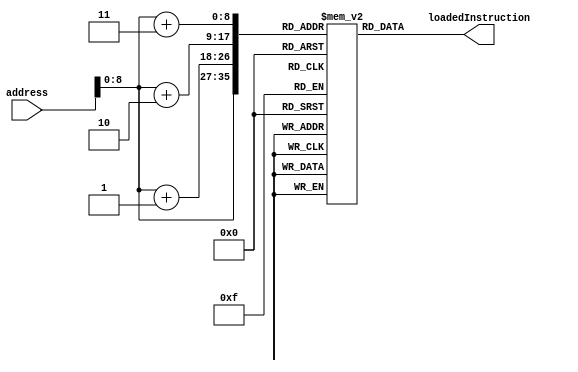
`timescale 1ns / 1ps
////////////////////////////////////////////////////////////////////////////////
// Module Name: Program Instruction Memory
// Instruction Stage: Instruction Fetch
//
// Description: Contains all of the program instructions, addressed in sets of
//              byte portions. Each instruction is four memory locations long.
//              In an actual computer, this is the ROM module.
////////////////////////////////////////////////////////////////////////////////


module InstructionMemory(
    // Inputs
    input [31:0] address,
    // Outputs
    output reg [31:0] loadedInstruction
    );
    
    // Instruction memory file, 8 bits wide, capable of holding 128 instructions
    reg [7:0] instructionMemory [0:511];
    
    initial begin
        // Manually loading our program instructions
        // Verilog Assignment       Binary          Label   MIPS    Parameters
        instructionMemory[000] = 8'b00111100; // 0x3c010000
        instructionMemory[001] = 8'b00000001; //    main:   lui     $1, 0
        instructionMemory[002] = 8'b00000000; //                    at
        instructionMemory[003] = 8'b00000000; // (00)

        instructionMemory[004] = 8'b00110100; // 0x34240050
        instructionMemory[005] = 8'b00100100; //            ori     $4, $1, 80
        instructionMemory[006] = 8'b00000000; //                    a0  at
        instructionMemory[007] = 8'b01010000; // (04)

        instructionMemory[008] = 8'b00001100; // 0x0c00001b
        instructionMemory[009] = 8'b00000000; //    call:   jal     sum
        instructionMemory[010] = 8'b00000000;
        instructionMemory[011] = 8'b00011011; // (08)

        instructionMemory[012] = 8'b00100000; // 0x20050004
        instructionMemory[013] = 8'b00000101; //    dslot1: addi    $5, $0, 4
        instructionMemory[014] = 8'b00000000; //                    a1
        instructionMemory[015] = 8'b00000100; // (0c)

        instructionMemory[016] = 8'b10101100; // 0xac820000
        instructionMemory[017] = 8'b10000010; //    return: sw      $2, 0 ($4) 
        instructionMemory[018] = 8'b00000000; //                    v0     a0
        instructionMemory[019] = 8'b00000000; // (10)

        instructionMemory[020] = 8'b10001100; // 0x8c890000
        instructionMemory[021] = 8'b10001001; //            lw      $9, 0 ($4)
        instructionMemory[022] = 8'b00000000; //                    t1     a0
        instructionMemory[023] = 8'b00000000; // (14)

        instructionMemory[024] = 8'b00000001; // 0x01244022
        instructionMemory[025] = 8'b00100100; //            sub     $8, $9, $4
        instructionMemory[026] = 8'b01000000; //                    t0  t1  a0
        instructionMemory[027] = 8'b00100010; // (18)

        instructionMemory[028] = 8'b00100000; // 0x20050003
        instructionMemory[029] = 8'b00000101; //            addi    $5, $0, 3
        instructionMemory[030] = 8'b00000000; //                    a1
        instructionMemory[031] = 8'b00000011; // (1c)

        instructionMemory[032] = 8'b00100000; // 0x20a5ffff
        instructionMemory[033] = 8'b10100101; //    loop2:  addi    $5, $5, -1
        instructionMemory[034] = 8'b11111111; //                    a1  a1
        instructionMemory[035] = 8'b11111111; // (20)

        instructionMemory[036] = 8'b00110100; // 0x34a8ffff
        instructionMemory[037] = 8'b10101000; //            ori     $8, $5, 0xffff
        instructionMemory[038] = 8'b11111111; //                    t0  a1  65535
        instructionMemory[039] = 8'b11111111; // (24)

        instructionMemory[040] = 8'b00111001; // 0x39085555
        instructionMemory[041] = 8'b00001000; //            xori    $8, $8, 0x5555
        instructionMemory[042] = 8'b01010101; //                    t0  t0  21845
        instructionMemory[043] = 8'b01010101; // (28)

        instructionMemory[044] = 8'b00100000; // 0x2009ffff
        instructionMemory[045] = 8'b00001001; //            addi    $9, $0, -1
        instructionMemory[046] = 8'b11111111; //                    t1
        instructionMemory[047] = 8'b11111111; // (2c)

        instructionMemory[048] = 8'b00110001; // 0x312affff
        instructionMemory[049] = 8'b00101010; //            andi    $10, $9, 0xffff
        instructionMemory[050] = 8'b11111111; //                    t2   t1  65535
        instructionMemory[051] = 8'b11111111; // (30)

        instructionMemory[052] = 8'b00000001; // 0x01493025
        instructionMemory[053] = 8'b01001001; //            or      $6, $10, $9
        instructionMemory[054] = 8'b00110000; //                    a2  t2   t1
        instructionMemory[055] = 8'b00100101; // (34)

        instructionMemory[056] = 8'b00000001; // 0x01494026
        instructionMemory[057] = 8'b01001001; //            xor     $8, $10, $9
        instructionMemory[058] = 8'b01000000; //                    t0  t2   t1
        instructionMemory[059] = 8'b00100110; // (38)

        instructionMemory[060] = 8'b00000001; // 0x01463824
        instructionMemory[061] = 8'b01000110; //            and     $7, $10, $6
        instructionMemory[062] = 8'b00111000; //                    a3  t2   a2
        instructionMemory[063] = 8'b00100100; // (3c)

        instructionMemory[064] = 8'b00010000; // 0x10a00003
        instructionMemory[065] = 8'b10100000; //            beq     $5, $0, shift
        instructionMemory[066] = 8'b00000000; //                    a1
        instructionMemory[067] = 8'b00000011; // (40)

        instructionMemory[068] = 8'b00000000; // 0x00000000
        instructionMemory[069] = 8'b00000000; //    dslot2: nop
        instructionMemory[070] = 8'b00000000;
        instructionMemory[071] = 8'b00000000; // (44)

        instructionMemory[072] = 8'b00001000; // 0x08000008
        instructionMemory[073] = 8'b00000000; //            j       loop2
        instructionMemory[074] = 8'b00000000;
        instructionMemory[075] = 8'b00001000; // (48)

        instructionMemory[076] = 8'b00000000; // 0x00000000
        instructionMemory[077] = 8'b00000000; //    dslot3: nop
        instructionMemory[078] = 8'b00000000;
        instructionMemory[079] = 8'b00000000; // (4c)

        instructionMemory[080] = 8'b00100000; // 0x2005ffff
        instructionMemory[081] = 8'b00000101; //    shift:  addi    $5, $0, -1
        instructionMemory[082] = 8'b11111111; //                    a1
        instructionMemory[083] = 8'b11111111; // (50)

        instructionMemory[084] = 8'b00000000; // 0x000543c0
        instructionMemory[085] = 8'b00000101; //            sll     $8, $5, 15
        instructionMemory[086] = 8'b01000011; //                    t0  a1
        instructionMemory[087] = 8'b11000000; // (54)

        instructionMemory[088] = 8'b00000000; // 0x00084400
        instructionMemory[089] = 8'b00001000; //            sll     $8, $8, 16
        instructionMemory[090] = 8'b01000100; //                    t0  t0
        instructionMemory[091] = 8'b00000000; // (58)

        instructionMemory[092] = 8'b00000000; // 0x00084403
        instructionMemory[093] = 8'b00001000; //            sra     $8, $8, 16
        instructionMemory[094] = 8'b01000100; //                    t0  t0
        instructionMemory[095] = 8'b00000011; // (5c)

        instructionMemory[096] = 8'b00000000; // 0x000843c2
        instructionMemory[097] = 8'b00001000; //            srl     $8, $8, 15
        instructionMemory[098] = 8'b01000011; //                    t0  t0
        instructionMemory[099] = 8'b11000010; // (60)

        instructionMemory[100] = 8'b00001000; // 0x08000019
        instructionMemory[101] = 8'b00000000; //    finish: j       finish
        instructionMemory[102] = 8'b00000000;
        instructionMemory[103] = 8'b00011001; // (64)

        instructionMemory[104] = 8'b00000000; // 0x00000000
        instructionMemory[105] = 8'b00000000; //    dslot4: nop
        instructionMemory[106] = 8'b00000000;
        instructionMemory[107] = 8'b00000000; // (68)

        instructionMemory[108] = 8'b00000000; // 0x00004020
        instructionMemory[109] = 8'b00000000; //    sum:    add     $8, $0, $0
        instructionMemory[110] = 8'b01000000; //                    t0
        instructionMemory[111] = 8'b00100000; // (6c)

        instructionMemory[112] = 8'b10001100; // 0x8c890000
        instructionMemory[113] = 8'b10001001; //    loop:   lw      $9, 0($4)
        instructionMemory[114] = 8'b00000000; //                    t1    a0
        instructionMemory[115] = 8'b00000000; // (70)

        instructionMemory[116] = 8'b00000001; // 0x01094020
        instructionMemory[117] = 8'b00001001; //    stall:  add     $8, $8, $9
        instructionMemory[118] = 8'b01000000; //                    t0  t0  t1
        instructionMemory[119] = 8'b00100000; // (74)

        instructionMemory[120] = 8'b00100000; // 0x20a5ffff
        instructionMemory[121] = 8'b10100101; //            addi    $5, $5, -1
        instructionMemory[122] = 8'b11111111; //                    a1  a1
        instructionMemory[123] = 8'b11111111; // (78)

        instructionMemory[124] = 8'b00010100; // 0x14a0fffc
        instructionMemory[125] = 8'b10100000; //            bne     $5, $0, loop
        instructionMemory[126] = 8'b11111111; //                    a1
        instructionMemory[127] = 8'b11111100; // (7c)

        instructionMemory[128] = 8'b00100000; // 0x20840004
        instructionMemory[129] = 8'b10000100; //    dslot5: addi    $4, $4, 4
        instructionMemory[130] = 8'b00000000; //                    a0  a0
        instructionMemory[131] = 8'b00000100; // (80)

        instructionMemory[132] = 8'b00000011; // 0x03e00008
        instructionMemory[133] = 8'b11100000; //            jr      $31
        instructionMemory[134] = 8'b00000000; //                    ra
        instructionMemory[135] = 8'b00001000; // (84)

        instructionMemory[136] = 8'b00000000; // 0x00081000
        instructionMemory[137] = 8'b00001000; //    dslot6: sll     $2, $8, 0
        instructionMemory[138] = 8'b00010000; //                    v0  t0
        instructionMemory[139] = 8'b00000000; // (88)
    end
    
    always @(*) begin
        // Fetch instruction given address, loading each individual byte
        loadedInstruction[31:24] = instructionMemory[address];
        loadedInstruction[23:16] = instructionMemory[address+1];
        loadedInstruction[15:8] = instructionMemory[address+2];
        loadedInstruction[7:0] = instructionMemory[address+3];
    end
endmodule